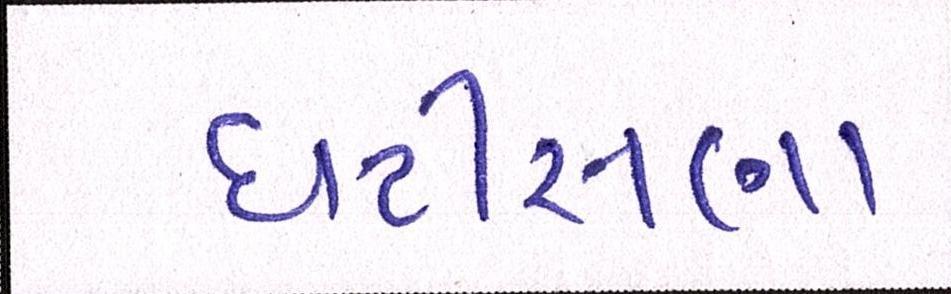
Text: ઘટીસણા